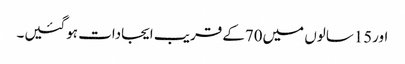
اور15سالوں میں70کے قریب ایجادات ہوگئیں۔